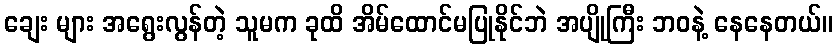
ချေး များ အရွေးလွန်တဲ့ သူမက ခုထိ အိမ်ထောင်မပြုနိုင်ဘဲ အပျိုကြီး ဘဝနဲ့ နေနေတယ်။